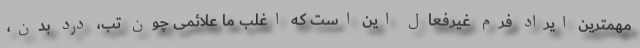
مهمترین ایراد فرم غیرفعال این است که اغلب ما علائمی چون تب، درد بدن،